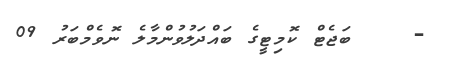
-    ބަޖެޓް ކޮމިޓީގެ ބައްދަލުވުންމާލެ ނޮވެމްބަރު 09